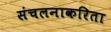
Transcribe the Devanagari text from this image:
संचलनाकरिता